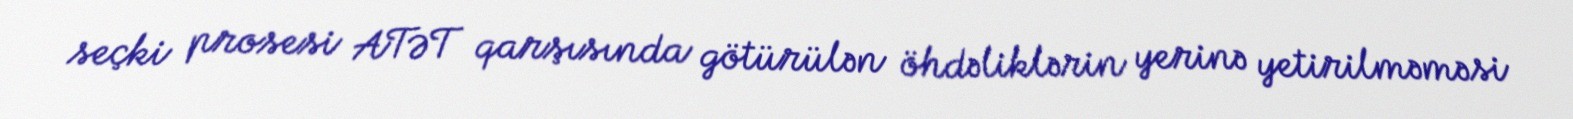
seçki prosesi ATƏT qarşısında götürülən öhdəliklərin yerinə yetirilməməsi